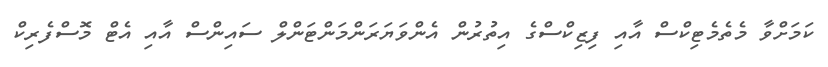
ކަމަށްވާ މެތެމެޓިކްސް އާއި ފިޒިކްސްގެ އިތުރުން އެންވަޔަރަންމަންޓަންލް ސައިންސް އާއި އެޓް މޮސްފެރިކް